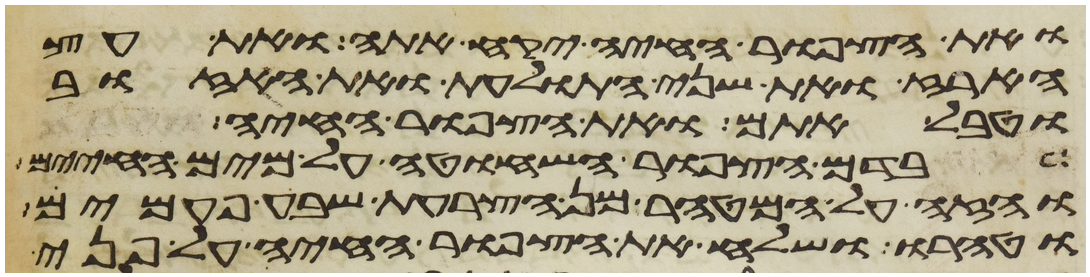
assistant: ואת הצפור החיה יקח אתה ואת עץ
הארז ואת שני התולעת ואת האזוב
וטבל אתם ואת הצפור החיה
בדם הצפור השחוטה על מים החיים
והזה על המטהר מן הצרעת שבע פעמים
וטהרו ושלח את הצפור החיה על פני